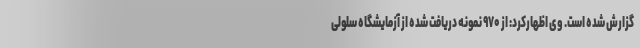
گزارش شده است. وی اظهارکرد: از ۹۷۰ نمونه دریافت شده از آزمایشگاه سلولی